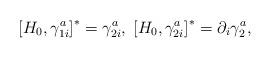
LaTeX: \begin{align*}\left[ H_{0},\gamma _{1i}^{a}\right] ^{*}=\gamma _{2i}^{a},\;\left[H_{0},\gamma _{2i}^{a}\right] ^{*}=\partial _{i}\gamma _{2}^{a}, \end{align*}